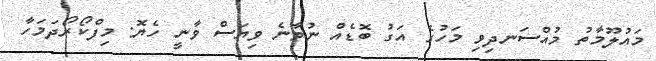
މައުލޫމާތު މުއްސަނދިވި މަހުގެ އަގު ބޮޑެއް ނުވާނެ ވިޔަސް ވާނީ ހެޔޮ: މިފްކޯރޯދަމަހާ